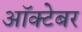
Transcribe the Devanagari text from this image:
आॅक्टेबर